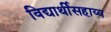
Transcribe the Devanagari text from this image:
विद्यार्थीसहाय्य